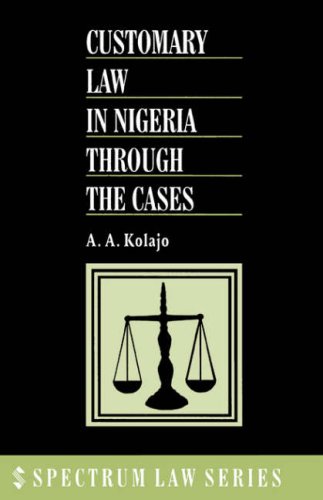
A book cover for Customary Law in Nigeria Through the Cases; A.A. Kolajo; Law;